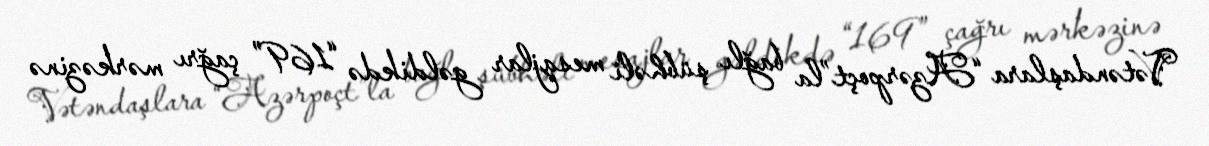
Vətəndaşlara “Azərpoçt”la bağlı şübhəli mesajlar gəldikdə “169” çağrı mərkəzinə